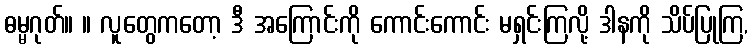
ဓမ္မဂုတ်။ ။ လူတွေကတော့ ဒီ အကြောင်းကို ကောင်းကောင်း မရှင်းကြလို့ ဒါနကို သိပ်ပြုကြ,